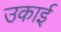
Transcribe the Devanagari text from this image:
उकाई